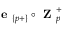
\textbf { e } _ { \{ p + \} } \circ \textbf { Z } _ { p } ^ { + }